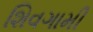
શિવગામી